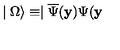
\mid \Omega \rangle \equiv \mid \overline { { \Psi } } ( \mathbf { y } ) \Psi ( \mathbf { y }